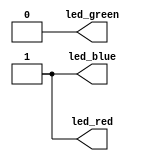
//-- Turning the RGB LED into Green
//-- Board: iCE40-UP5K
module rgb_test (output led_blue, 
                 output led_green,
                 output led_red);

//-- Turn on the green signal (inverse logic)
//-- Turn off the red and blue signals (inverse logic)

assign led_red = 1;    //-- RED off
assign led_green = 0;  //-- Green ON
assign led_blue = 1;   //-- Blue off

endmodule